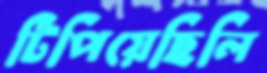
টিপিয়েছিলি